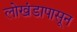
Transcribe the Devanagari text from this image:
लाेखंडापासून